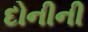
દોનીની